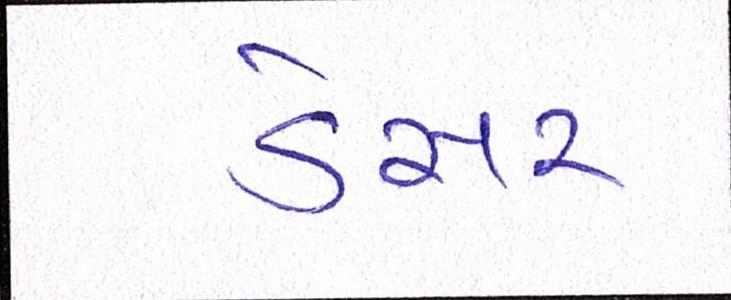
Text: ડેસર